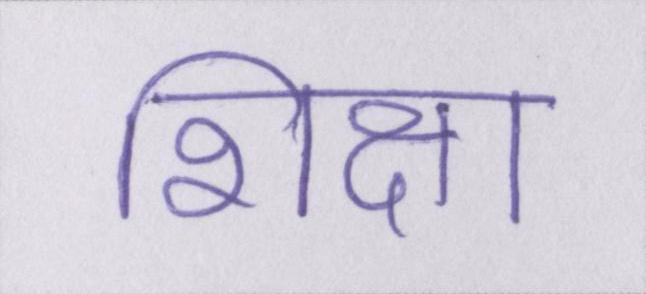
शिक्षा